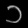
Digit: ၁